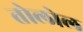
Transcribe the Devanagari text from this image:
तोलोल